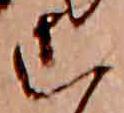
こ